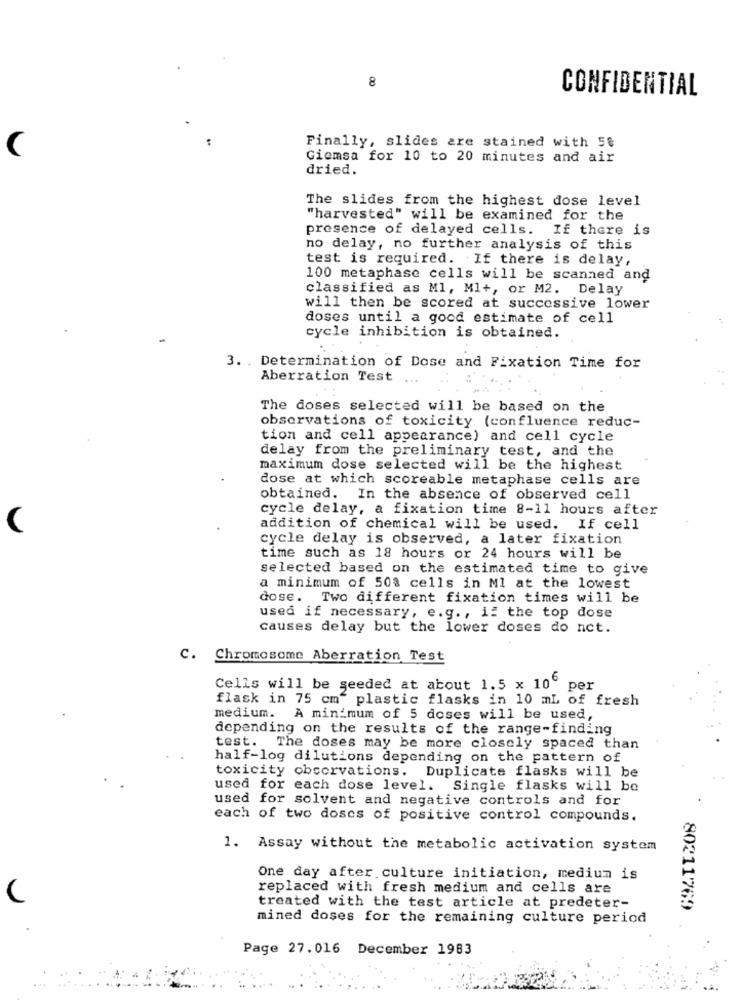
8
CONFIDENTIAL
Finally, slides are stained with 58
C
Giemsa for 10 to 20 minutes and air
dried.
The slides from the highest dose level
"harvested" will be examined for the
presence of delayed cells. If there is
no delay, no further analysis of this
test is required. If there is delay,
100 metaphase cells will be scanned and
classified as Ml, Ml+, or M2. Delay
will then be scored at successive lower
doses until a good estimate of cell
cycle inhibition is obtained.
3. . Determination of Dose and Fixation Time for
Aberration Test
The doses selected will be based on the
observations of toxicity (confluence reduc-
tion and cell appearance) and cell cycle
delay from the preliminary test, and the
maximum dose selected will be the highest
dose at which scoreable metaphase cells are
obtained. In the absence of observed cell
cycle delay, a fixation time 8-11 hours after
addition of chemical will be used. If cell
cycle delay is observed, a later fixation
time such as 18 hours or 24 hours will be
selected based on the estimated time to give
a minimum of 508 cells in Ml at the lowest
dose. Two different fixation times will be
used if necessary, e.g ., if the top dose
causes delay but the lower doses do nct.
C. Chromosome Aberration Test
Cells will be seeded at about 1.5 x 106
per
flask in 75 cm" plastic flasks in 10 ml of fresh
medium. A minimum of 5 doses will be used,
depending on the results of the range-finding
test. The doses may be more closely spaced than
half-log dilutions depending on the pattern of
toxicity observations. Duplicate flasks will be
used for each dose level. Single flasks will be
used for solvent and negative controls and for
each of two doses of positive control compounds.
1. Assay without the metabolic activation system
One day after culture initiation, medium is
replaced with fresh medium and cells are
(
treated with the test article at predeter-
80211769
mined doses for the remaining culture period
Page 27.016 December 1983